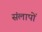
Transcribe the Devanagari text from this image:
संलापों